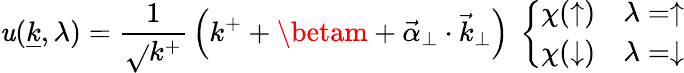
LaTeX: \mathit{u}({\underline{{{k}}}},\lambda)={\frac{{1}}{{\sqrt{}{{k^{+}}}}}}\left(k^{+}+\betam+{\vec{{\alpha}}}_{\perp}\cdot{\vec{{k}}}_{\perp}\right)\ \left\{ \begin{array}{ll}{{\chi(\uparrow)}}&{{\lambda=\uparrow}}\\ {{\chi(\downarrow)}}&{{\lambda=\downarrow}}\end{array}\right.